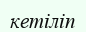
кетіліп